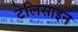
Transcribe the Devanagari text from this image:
टेलिसाइन